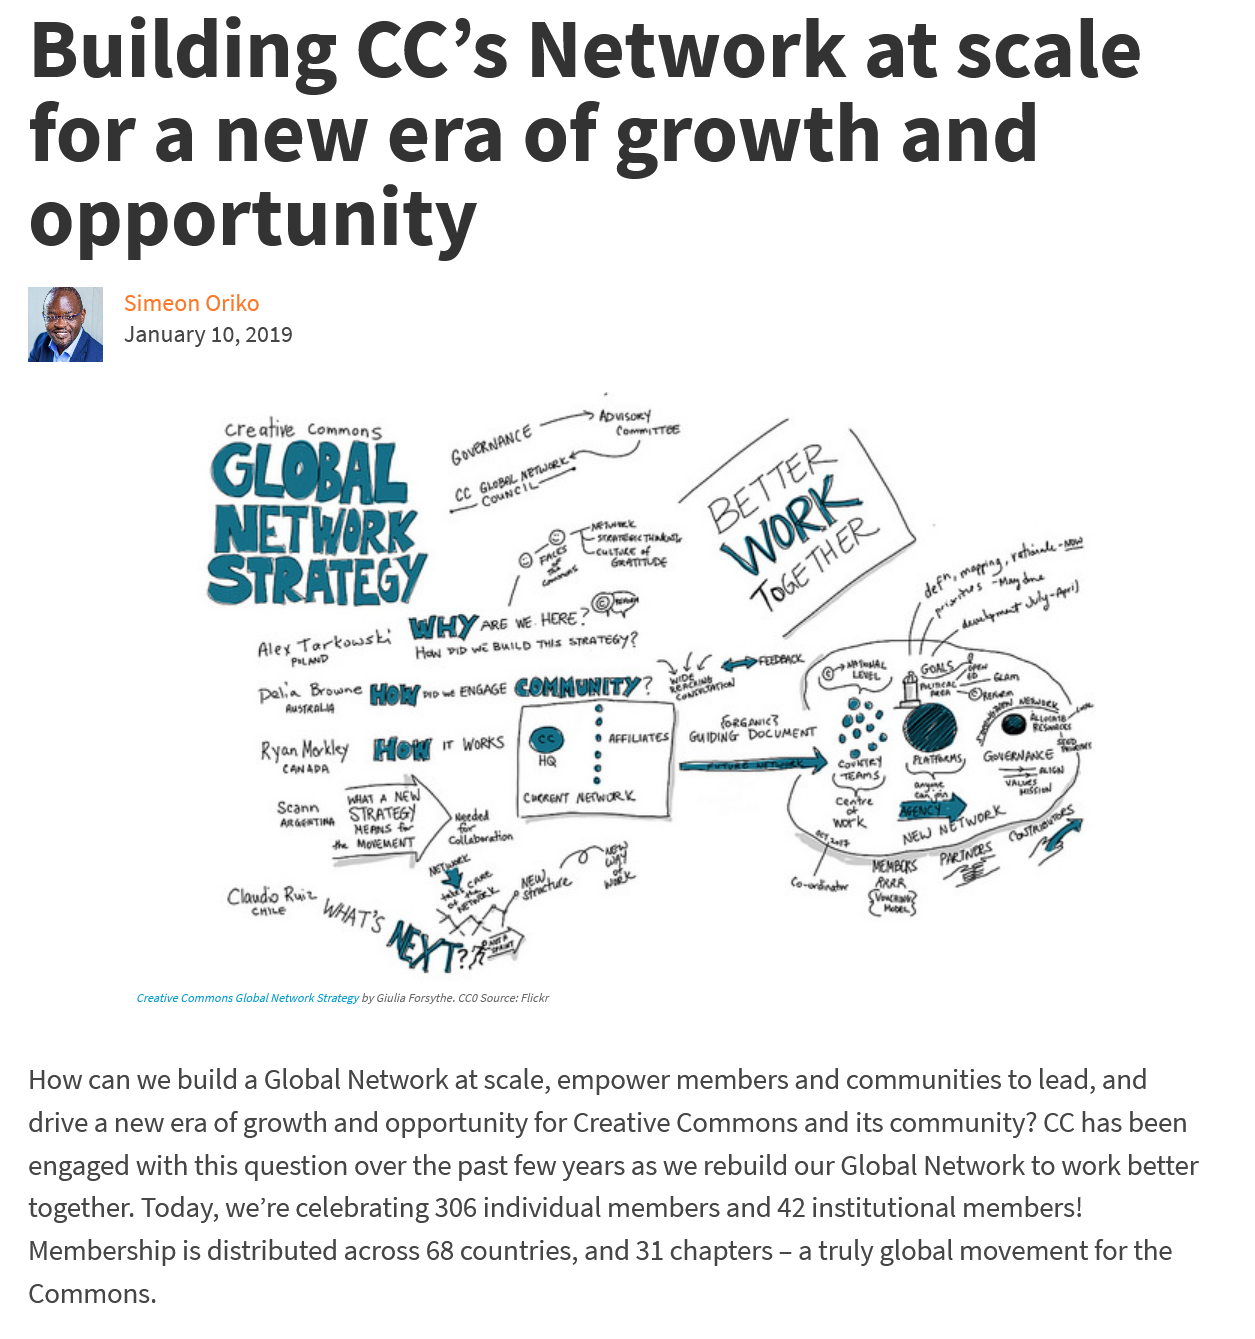
Building    CC’s    Network    at    scale
   for    a   new    era    of    growth    and
   opportunity

     Creative_Commons
     —
     wa
     rs
     gst
     one
     A
     OE
     %,
     iY
     oF
     ES
     _—
     =
     ARE WE exe?
     AP
     Alex Tarkows ks
     pun?
     Ha Dm ve BUILD TS STRATESY?
     Palin Browne High
     austaealie
     Sewn
     ana New
     a
     STRATES
     WeRnS for
     she MomeNENT.
   How can we build a Global Network at scale, empower members and communities to lead, and
   drive a new era of growth and opportunity for Creative Commons and its community? CC has been
   engaged with this question over the past few years as we rebuild our Global Network to work better
   together. Today, we’re celebrating 306 individual members and 42 institutional members!
   Membership is distributed across 68 countries, and 31 chapters - a truly global movement for the
   Commons.
     ‘Creative Commons Global Network Strategy by Giulia Forsythe. CCO Source: Flickr
     Simeon Oriko
     January 10, 2019